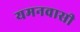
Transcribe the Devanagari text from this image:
यमनवासी